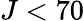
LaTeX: J<70